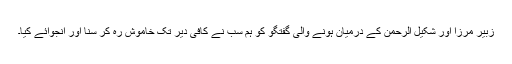
زبیر مرزا اور شکیل الرحمن کے درمیان ہونے والی گفتگو کو ہم سب نے کافی دیر تک خاموش رہ کر سنا اور انجوائے کیا۔